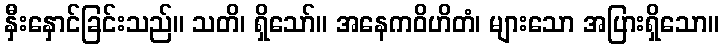
နှီးနှောင်ခြင်းသည်။ သတိ၊ ရှိသော်။ အနေကဝိဟိတံ၊ များသော အပြားရှိသော။